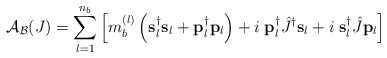
\begin{align*}{\mathcal{A}}_{\mathcal{B}}(J)=\sum\limits_{l=1}^{n_b}\left[m_b^{(l)}\left({\bf{s}}_l^{\dag}{\bf{s}}_l+{\bf{p}}_l^{\dag}{\bf{p}}_l\right)+i\;{\bf{p}}_l^{\dag}\hat{J}^{\dag}{\bf{s}}_l+i\;{\bf{s}}_l^{\dag}\hat{J}{\bf p}_l\right]\end{align*}